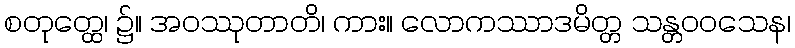
စတုတ္ထေ၊ ၌။ အဝဿုတာတိ၊ ကား။ လောကဿာဒမိတ္တ သန္တဝဝသေန၊